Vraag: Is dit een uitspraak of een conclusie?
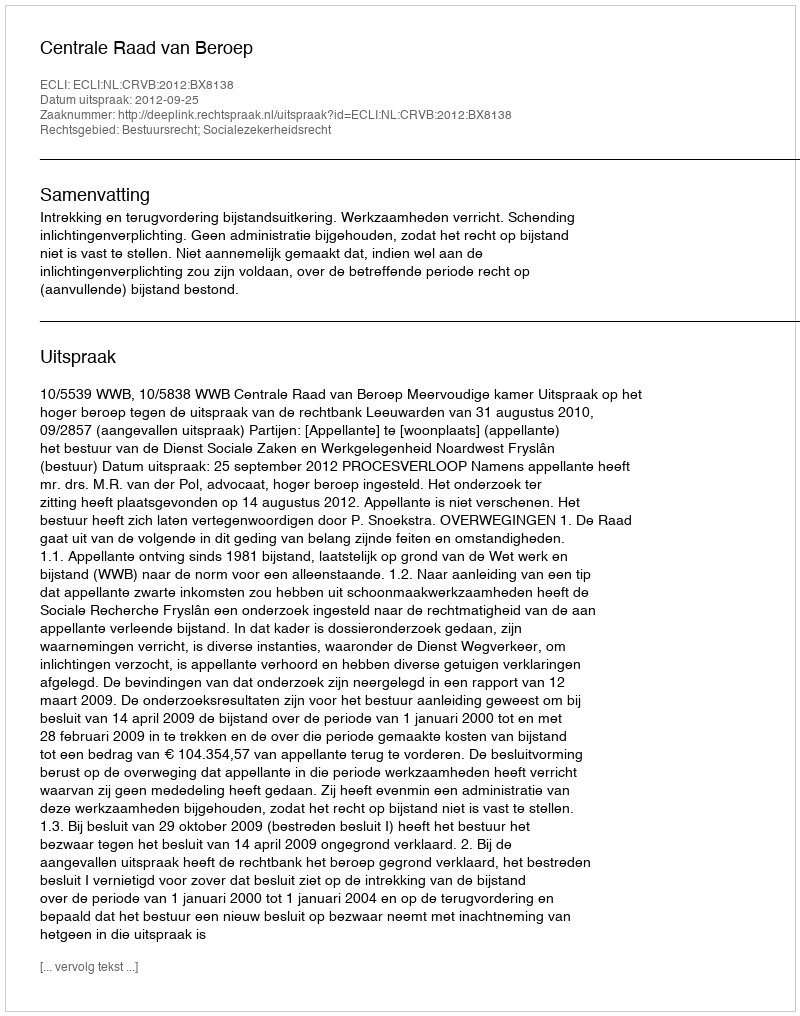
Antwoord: Uitspraak